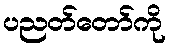
ပညတ်တော်ကို